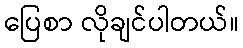
ပြေစာ လိုချင်ပါတယ်။